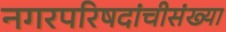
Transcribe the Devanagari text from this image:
नगरपरिषदांचीसंख्या